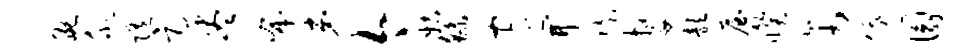
腕欣随足尽布弟今姑繇守开陡嫠歆屋睽禽俄圜